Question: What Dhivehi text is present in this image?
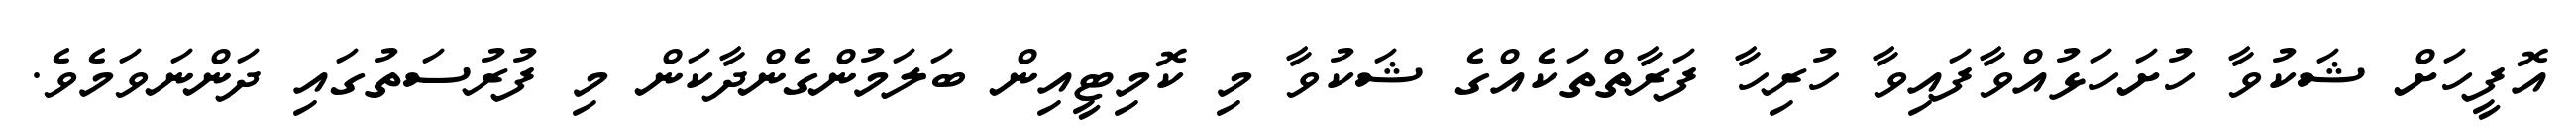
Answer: އޮފީހަށް ޝަކުވާ ހުށަހަޅުއްވާފައިވާ ހުރިހާ ފަރާތްތަކެއްގެ ޝަކުވާ މި ކޮމިޓީއިން ބަލަމުންގެންދާކަން މި ފުރުސަތުގައި ދަންނަވަމެވެ.